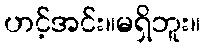
ဟင့်အင်း။မရှိဘူး။